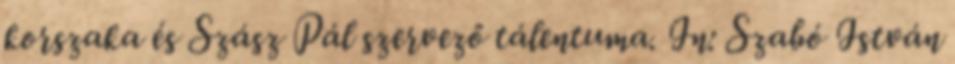
korszaka és Szász Pál szervező tálentuma. In: Szabó István